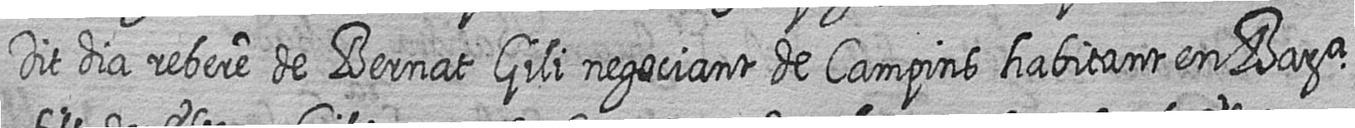
Dit dia rebere de Bernat Gili negociant de Campins habitant en Bara